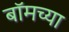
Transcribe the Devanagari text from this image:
बॉमच्या